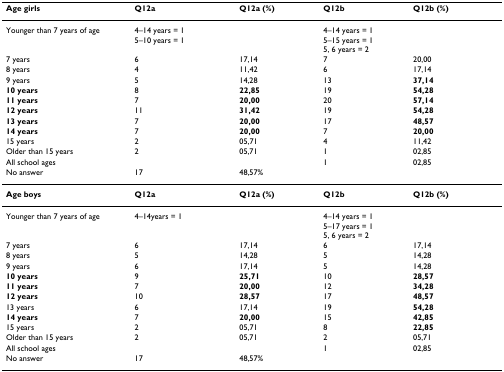
| Age girls | Q12a | Q12a (%) | Q12b | Q12b (%) |
 | --- | --- | --- | --- | --- |
 | Younger than 7 years of age | 4–14 years = 15–10 years = 1 |  | 4–14 years = 15–15 years = 15, 6 years = 2 |  |
 | 7 years | 6 | 17,14 | 7 | 20,00 |
 | 8 years | 4 | 11,42 | 6 | 17,14 |
 | 9 years | 5 | 14,28 | 13 | 37,14 |
 | 10 years | 8 | 22,85 | 19 | 54,28 |
 | 11 years | 7 | 20,00 | 20 | 57,14 |
 | 12 years | 11 | 31,42 | 19 | 54,28 |
 | 13 years | 7 | 20,00 | 17 | 48,57 |
 | 14 years | 7 | 20,00 | 7 | 20,00 |
 | 15 years | 2 | 05,71 | 4 | 11,42 |
 | Older than 15 years | 2 | 05,71 | 1 | 02,85 |
 | All school ages |  |  | 1 | 02,85 |
 | No answer | 17 | 48,57% |  |  |
 | Age boys | Q12a | Q12a (%) | Q12b | Q12b (%) |
 | Younger than 7 years of age | 4–14years = 1 |  | 4–14 years = 15–17 years = 15, 6 years = 2 |  |
 | 7 years | 6 | 17,14 | 6 | 17,14 |
 | 8 years | 5 | 14,28 | 5 | 14,28 |
 | 9 years | 6 | 17,14 | 5 | 14,28 |
 | 10 years | 9 | 25,71 | 10 | 28,57 |
 | 11 years | 7 | 20,00 | 12 | 34,28 |
 | 12 years | 10 | 28,57 | 17 | 48,57 |
 | 13 years | 6 | 17,14 | 19 | 54,28 |
 | 14 years | 7 | 20,00 | 15 | 42,85 |
 | 15 years | 2 | 05,71 | 8 | 22,85 |
 | Older than 15 years | 2 | 05,71 | 2 | 05,71 |
 | All school ages |  |  | 1 | 02,85 |
 | No answer | 17 | 48,57% |  |  |